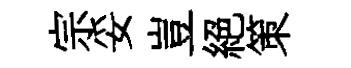
宗妥豈絶策